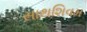
સાથશિવમ